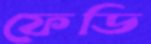
ফেডি